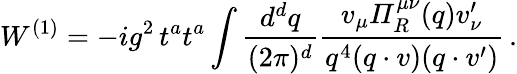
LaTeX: W^{(1)}=-ig^{2}\, t^{a}t^{a}\int\frac{d^{d}q}{(2\pi)^{d}}\frac{v_{\mu}{\mit\Pi}_{R}^{\mu\nu}(q)v_{\nu}^{\prime}}{q^{4}(q\cdot v)(q\cdot v^{\prime})}\, .